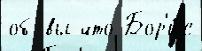
об вы что Бор'и́с